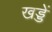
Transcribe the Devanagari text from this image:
खड्डें